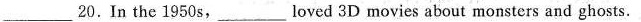
___20. In the 1950 s,___loved 3D movies about monsters and ghosts.